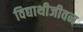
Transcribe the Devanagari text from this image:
विद्याथीजीवन